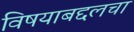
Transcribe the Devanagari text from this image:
विषयाबद्दलचा